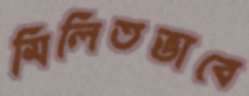
মিলিতভাবে